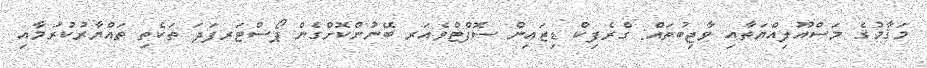
މަޤާމުގެ މަސްއޫލިއްޔަތާއި ވާޖިބުތައް: ގްރެފިކް ޑިޒައިން ސޮފްޓްވެއަރ ބޭނުންކޮށްގެން ޕޯސްޓަރފަދަ ތަކެތި ތައްޔާރުކުރުމާއި